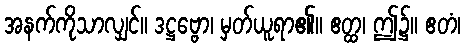
အနက်ကိုသာလျှင်။ ဒဋ္ဌဗ္ဗော၊ မှတ်ယူရာ၏။ ဧတ္ထ၊ ဤ၌။ ဧတံ၊